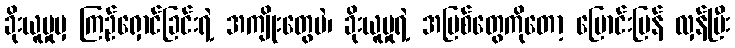
ခိုးယူမှုမှ ကြဉ်ရှောင်ခြင်းရဲ့ အကျိုးတွေပဲ၊ ခိုးယူမှုရဲ့ အပြစ်တွေကိုတော့ ပြောင်းပြန် လှန်ပြီး